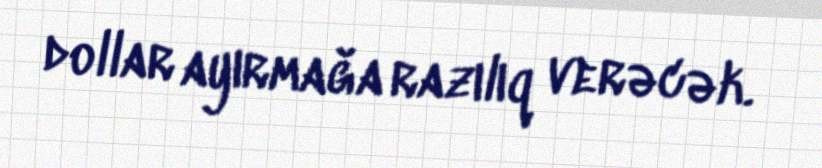
dollar ayırmağa razılıq verəcək.